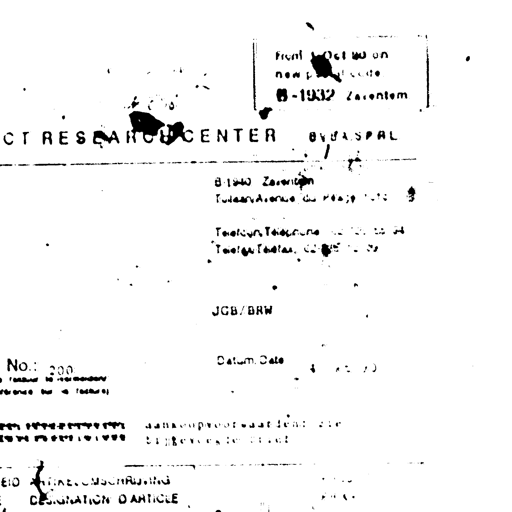
Front - Oct 30 on
new postal code
B-1932 Zaventem

RESEARCH CENTER BY J.A.S.P.A.L.

B-1930 Zaventem
Tervurenlaan 46, bus 4, 3e verd.

Telefoon/Telephone 02/767.11.34
Teletype/Telex 62485 P.A.L.

JCB/BRW

No.: 200
Datum/Date 12/10/79

aankoopvoorwaarden: zie
bijgevoegde lijst

ARTIKELOMSCHRIJVING
DESIGNATION D'ARTICLE